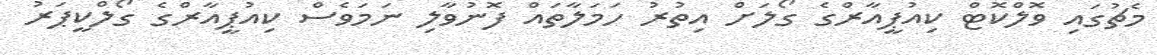
މެޗުގައި ވޮލްކޮޓް ކިއުޕީއާރްގެ ގޯލަށް އިތުރު ހަމަލާތައް ފޮނުވާލި ނަމަވެސް ކިއުޕީއާރްގެ ގޯލްކީޕަރު